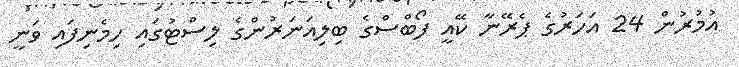
އުމުރުން 24 އަހަރުގެ ޕެރޭނާ ކޭއީ ފޯބްސްގެ ބިލިއަނަރުންގެ ލިސްޓުގައި ހިމެނިފައި ވަނީ